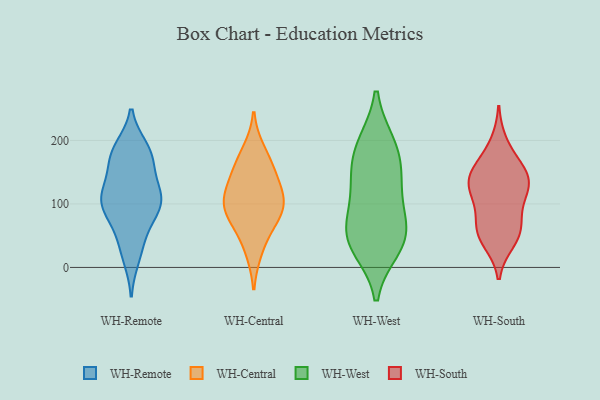
{"axis": {"x": "Website Visitors", "y": "Value"}, "legend": ["WH-Central", "WH-Remote", "WH-South", "WH-West"], "data": [{"x": "", "y": 108, "type": "WH-Remote"}, {"x": "", "y": 15, "type": "WH-Remote"}, {"x": "", "y": 27, "type": "WH-Remote"}, {"x": "", "y": 155, "type": "WH-Remote"}, {"x": "", "y": 171, "type": "WH-Remote"}, {"x": "", "y": 93, "type": "WH-Remote"}, {"x": "", "y": 162, "type": "WH-Remote"}, {"x": "", "y": 186, "type": "WH-Remote"}, {"x": "", "y": 56, "type": "WH-Remote"}, {"x": "", "y": 120, "type": "WH-Remote"}, {"x": "", "y": 109, "type": "WH-Remote"}, {"x": "", "y": 106, "type": "WH-Remote"}, {"x": "", "y": 121, "type": "WH-Remote"}, {"x": "", "y": 184, "type": "WH-Remote"}, {"x": "", "y": 67, "type": "WH-Remote"}, {"x": "", "y": 188, "type": "WH-Remote"}, {"x": "", "y": 94, "type": "WH-Remote"}, {"x": "", "y": 101, "type": "WH-Remote"}, {"x": "", "y": 27, "type": "WH-Central"}, {"x": "", "y": 68, "type": "WH-Central"}, {"x": "", "y": 183, "type": "WH-Central"}, {"x": "", "y": 117, "type": "WH-Central"}, {"x": "", "y": 114, "type": "WH-Central"}, {"x": "", "y": 80, "type": "WH-Central"}, {"x": "", "y": 154, "type": "WH-Central"}, {"x": "", "y": 94, "type": "WH-Central"}, {"x": "", "y": 100, "type": "WH-Central"}, {"x": "", "y": 152, "type": "WH-Central"}, {"x": "", "y": 47, "type": "WH-West"}, {"x": "", "y": 79, "type": "WH-West"}, {"x": "", "y": 56, "type": "WH-West"}, {"x": "", "y": 32, "type": "WH-West"}, {"x": "", "y": 132, "type": "WH-West"}, {"x": "", "y": 124, "type": "WH-West"}, {"x": "", "y": 193, "type": "WH-West"}, {"x": "", "y": 192, "type": "WH-West"}, {"x": "", "y": 163, "type": "WH-West"}, {"x": "", "y": 42, "type": "WH-West"}, {"x": "", "y": 48, "type": "WH-South"}, {"x": "", "y": 63, "type": "WH-South"}, {"x": "", "y": 151, "type": "WH-South"}, {"x": "", "y": 195, "type": "WH-South"}, {"x": "", "y": 59, "type": "WH-South"}, {"x": "", "y": 152, "type": "WH-South"}, {"x": "", "y": 133, "type": "WH-South"}, {"x": "", "y": 41, "type": "WH-South"}, {"x": "", "y": 72, "type": "WH-South"}, {"x": "", "y": 110, "type": "WH-South"}, {"x": "", "y": 132, "type": "WH-South"}, {"x": "", "y": 114, "type": "WH-South"}, {"x": "", "y": 160, "type": "WH-South"}, {"x": "", "y": 128, "type": "WH-South"}]}